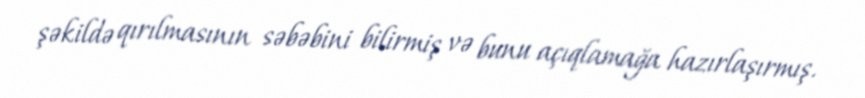
şəkildə qırılmasının səbəbini bilirmiş və bunu açıqlamağa hazırlaşırmış.